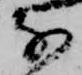
な